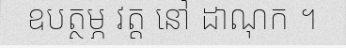
ឧបត្ថម្ភ វត្ត នៅ ដាណុក ។